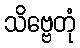
သိဗ္ဗေတုံ